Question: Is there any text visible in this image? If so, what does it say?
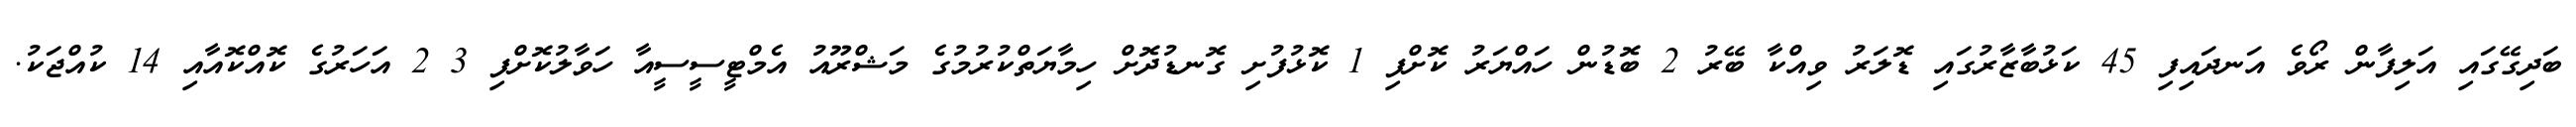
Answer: ބަދިގޭގައި އަލިފާން ރޯވެ އަނދައިފި 45 ކަޅުބާޒާރުގައި ޑޮލަރު ވިއްކާ ބޭރު 2 ބޮޑުން ހައްޔަރު ކޮށްފި 1 ކޮޅުފުށި ގޮނޑުދޮށް ހިމާޔަތްކުރުމުގެ މަޝްރޫއު އެމްޓީސީސީއާ ހަވާލުކޮށްފި 3 2 އަހަރުގެ ކޮއްކޮއާއި 14 ކުއްޖަކު.